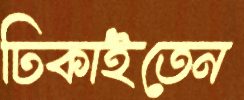
ঢিকাইতেন